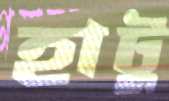
হাটু